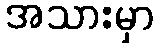
အသားမှာ